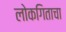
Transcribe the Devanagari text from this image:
लोकगिताचा